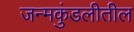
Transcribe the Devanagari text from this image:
जन्मकुंडलीतील